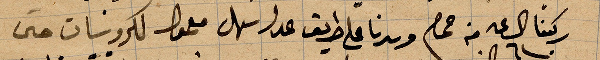
ركبنا الساعة ٦ من حمص وسرنا على طريق عدل سهل معمولا لكروسات حتى